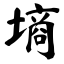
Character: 墒